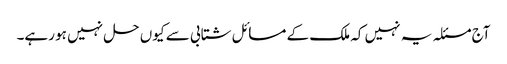
آج مسئلہ یہ نہیں کہ ملک کے مسائل شتابی سے کیوں حل نہیں ہو رہے۔